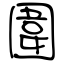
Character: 圍